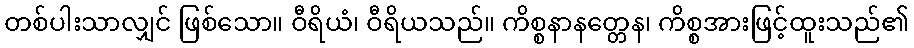
တစ်ပါးသာလျှင် ဖြစ်သော။ ဝီရိယံ၊ ဝီရိယသည်။ ကိစ္စနာနတ္တေန၊ ကိစ္စအားဖြင့်ထူးသည်၏